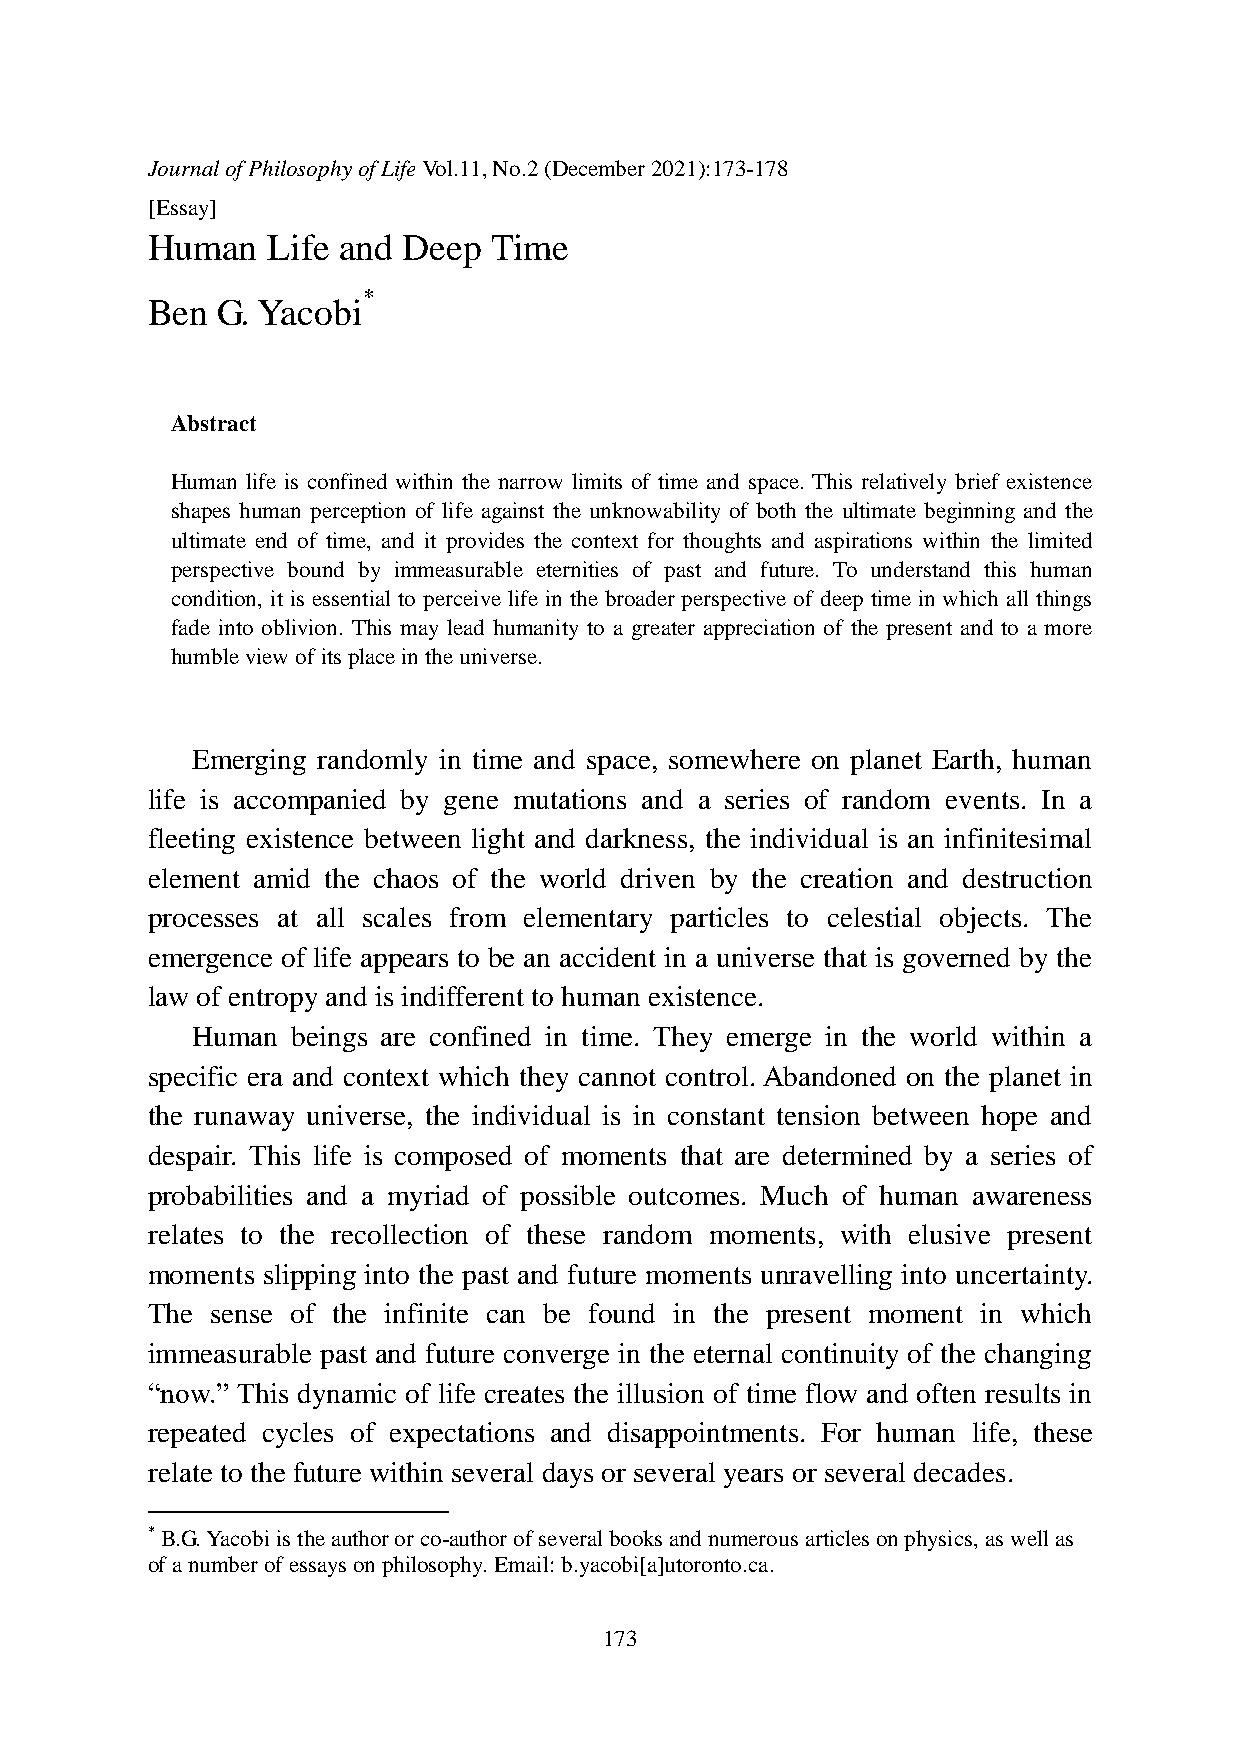
Journal of Philosophy of Life Vol.11, No.2 (December 2021):173-178
 [Essay]
 Human   Life and Deep  Time
 *
 Ben G. Yacobi
 Abstract
 Human life is confined within the narrow limits of time and space. This relatively brief existence
 shapes human perception of life against the unknowability of both the ultimate beginning and the
 ultimate end of time, and it provides the context for thoughts and aspirations within the limited
 perspective bound by immeasurable eternities of past and future. To understand this human
 condition, it is essential to perceive life in the broader perspective of deep time in which all things
 fade into oblivion. This may lead humanity to a greater appreciation of the present and to a more
 humble view of its place in the universe.
 Emerging randomly in time and space, somewhere on planet Earth, human
 life is accompanied by gene mutations and a series of random events. In a
 fleeting existence between light and darkness, the individual is an infinitesimal
 element amid the chaos of the world driven by the creation and destruction
 processes at all scales from elementary particles to celestial objects. The
 emergence of life appears to be an accident in a universe that is governed by the
 law of entropy and is indifferent to human existence.
 Human beings are confined in time. They emerge in the world within a
 specific era and context which they cannot control. Abandoned on the planet in
 the runaway universe, the individual is in constant tension between hope and
 despair. This life is composed of moments that are determined by a series of
 probabilities and a myriad of possible outcomes. Much of human awareness
 relates to the recollection of these random moments, with elusive present
 moments slipping into the past and future moments unravelling into uncertainty.
 The sense of the infinite can be found in the present moment in which
 immeasurable past and future converge in the eternal continuity of the changing
 “now.” This dynamic of life creates the illusion of time flow and often results in
 repeated cycles of expectations and disappointments. For human life, these
 relate to the future within several days or several years or several decades.
 * B.G. Yacobi is the author or co-author of several books and numerous articles on physics, as well as
 of a number of essays on philosophy. Email: b.yacobi[a]utoronto.ca.
 173